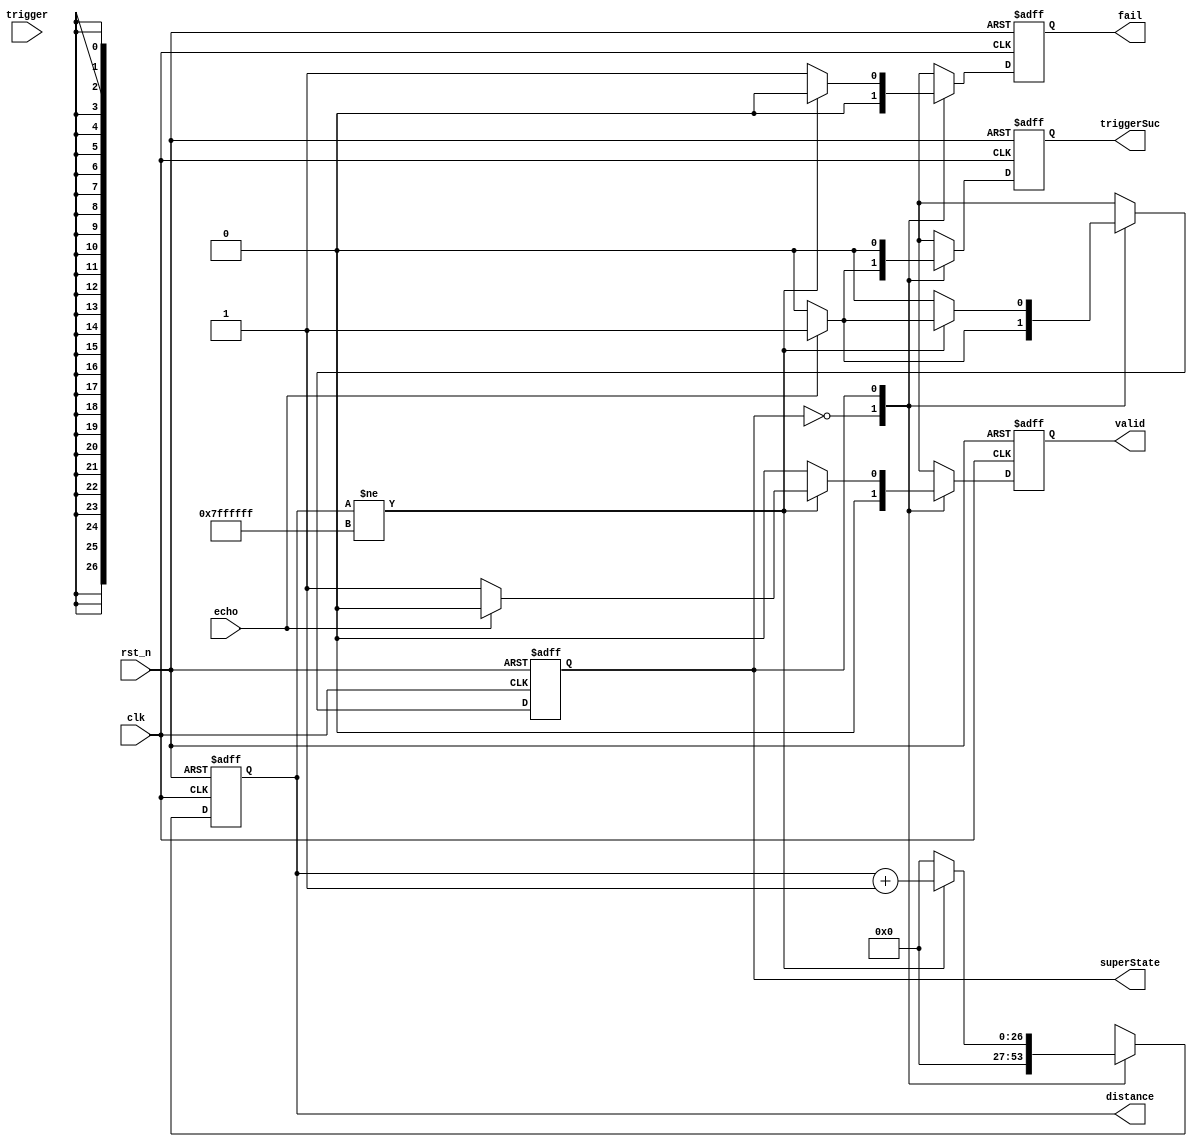
module supersonic#(
    parameter DisLen = 26,
	 parameter TotLen = DisLen + 1
)
(
    input             clk,
    input             rst_n,
    input             trigger,   // keep high for at least 10 us
    input             echo,      // after triggered, it will send 8 pulse and raise
                                 // high 'echo'
    output            valid,
    output            triggerSuc,
    output [DisLen:0] distance,  // number of cycles
	output            fail,	     // no detection -> need re-trigger
	
	// testing
	output            superState
);

// a clock cycle is 20 ns
// After every detection, keep 50 ms spacing for prevention of interference

//==== wire/reg definition ================================
    // Output
    reg  [DisLen:0] distance_cur;
    reg  [DisLen:0] distance_nxt;
    reg  valid_cur;
    reg  valid_nxt;
	reg  triggerSuc_cur;
    reg  triggerSuc_nxt;
	reg  fail_cur;
	reg  fail_nxt;

    reg  state_cur;  // after trigger high for 500 cycle
    reg  state_nxt;
    reg  prev_echo_cur;
    wire prev_echo_nxt;  
    
//==== combinational circuit
    // output
    assign valid      = valid_cur;
    assign distance   = distance_cur;
    assign triggerSuc = triggerSuc_cur;
	assign fail       = fail_cur;
	// testing
	assign superState = state_cur;
	
	assign prev_echo_nxt = echo;

    always @ ( * ) begin
        distance_nxt    = distance_cur;
        state_nxt       = state_cur;
        valid_nxt       = 1'b0;
        triggerSuc_nxt  = 1'b0;
		  fail_nxt        = 1'b0;
        case (state_cur)
            1'b0: begin
                //if (prev_echo_cur ^ echo && echo)begin
				if (echo)begin
                    state_nxt       = 1'b1;
                    distance_nxt    = {TotLen{1'b0}};
                    triggerSuc_nxt  = 1'b1;
                end
                else begin
                    state_nxt       = state_cur;
                    distance_nxt    = {TotLen{1'b0}};
                    triggerSuc_nxt  = 1'b0;
                end
            end
            1'b1: begin
                triggerSuc_nxt = 1'b0;
                if (distance_cur != {TotLen{1'b1}})begin
					distance_nxt= distance_cur + {{DisLen{1'b0}},1'b1};
					fail_nxt    = 1'b0; 
                    if (/*(prev_echo_cur ^ echo ) &&*/ ~echo)begin
                        state_nxt   = 1'b0;
                        valid_nxt   = 1'b1;
                    end
                    else begin
                        state_nxt   = 1'b1;
                        valid_nxt   = 1'b0;
                    end
                end
                else begin
					fail_nxt    = 1'b1; 
                    distance_nxt= {TotLen{1'b0}};
                    state_nxt   = 1'b0;
                    valid_nxt   = 1'b0;
                end
            end
        endcase
    end

//============= Sequential circuit ===============
    always @(posedge clk or negedge rst_n) begin
        // asynchronous reset
        if (~rst_n) begin
			   prev_echo_cur  <= 1'b0;
            state_cur      <= 1'b0;
            valid_cur      <= 1'b0;
            distance_cur   <= {TotLen{1'b0}};
            triggerSuc_cur <= 1'b0;
			   fail_cur       <= 1'b0;
        end
        else begin
			   prev_echo_cur  <= prev_echo_nxt;
            state_cur      <= state_nxt;
            valid_cur      <= valid_nxt;
            distance_cur   <= distance_nxt;
            triggerSuc_cur <= triggerSuc_nxt;
			   fail_cur       <= fail_nxt;
        end
    end

endmodule